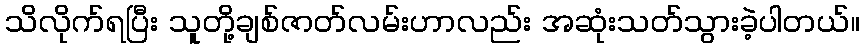
သိလိုက်ရပြီး သူတို့ချစ်ဇာတ်လမ်းဟာလည်း အဆုံးသတ်သွားခဲ့ပါတယ်။